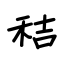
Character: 秸